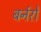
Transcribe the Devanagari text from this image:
बर्नरों